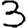
Digit: 3